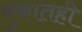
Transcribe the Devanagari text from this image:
बुकातही